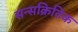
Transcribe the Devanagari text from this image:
सन्सक्रितिक